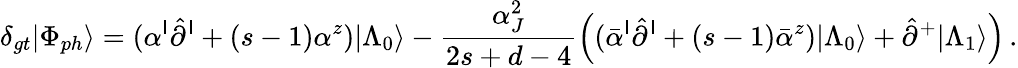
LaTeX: \delta_{gt}|\Phi_{ph}\rangle=(\alpha^{\mathsf{I}}\hat{{\partial}}^{\mathsf{I}}+(s-1)\alpha^{z})|\Lambda_{0}\rangle-\frac{{\alpha_{J}^{2}}}{{2s+d-4}}\Bigl((\bar{{\alpha}}^{\mathsf{I}}\hat{{\partial}}^{\mathsf{I}}+(s-1)\bar{{\alpha}}^{z})|\Lambda_{0}\rangle+\hat{{\partial}}^{+}|\Lambda_{1}\rangle\Bigr)\, .